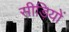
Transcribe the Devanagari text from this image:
सीड़ियों